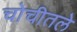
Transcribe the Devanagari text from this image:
चोचीतले